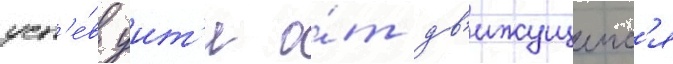
усп'е́в уит'и о́т дв'ижущеис'я